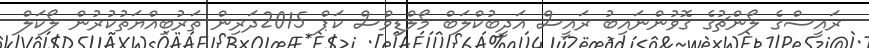
ރައީސްގެ ލޯންޗުގެ ގޮވުންނައިބު ރައީސް އަދީބުކްލަބް މޯލްޑިވްސް ކަޕް 2015ދަރިން ތަރުބިއްޔަތުކުރުން ލޯކަލް